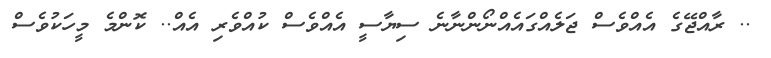
.. ރާއްޖޭގެ އެއްވެސް ޖަލެއްގައެއްނޯންނާނެ ސިޔާސީ އެއްވެސް ކުއްވެރި އެއް.. ކޮންމެ މީހަކުވެސް